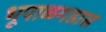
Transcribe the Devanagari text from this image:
भूपाळगडास